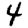
Digit: 4